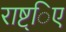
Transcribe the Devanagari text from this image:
राष्ट्िए